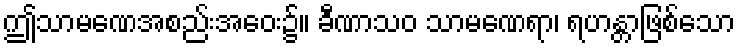
ဤသာမဏေအစည်းအဝေး၌။ ခီဏာသဝ သာမဏေရာ၊ ရဟန္တာဖြစ်သော